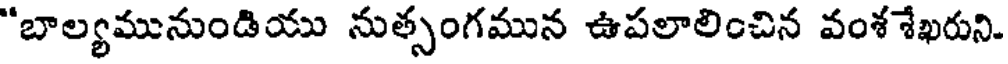
"బాల్యమునుండియు నుత్సంగమున ఉపలాలించిన వంశ శేఖరుని.